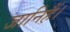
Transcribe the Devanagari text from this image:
जानिहैं।